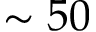
\sim 5 0